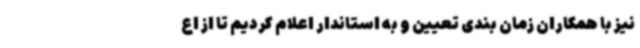
نیز با همکاران زمان بندی تعیین و به استاندار اعلام کردیم تا از اع